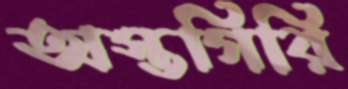
অস্তগিরি